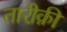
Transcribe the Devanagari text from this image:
तारीक़ी